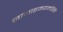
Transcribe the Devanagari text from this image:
नामाहमयमस्मि